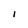
Character: l